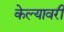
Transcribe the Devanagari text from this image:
केल्यावरी